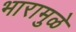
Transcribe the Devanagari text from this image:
भारामुळे